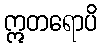
ဣတရောပိ